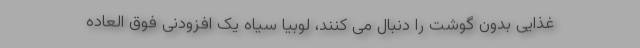
غذایی بدون گوشت را دنبال می کنند، لوبیا سیاه یک افزودنی فوق العاده